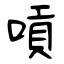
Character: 嗊